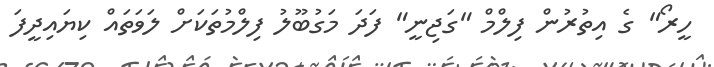
ހީރޯ" ގެ އިތުރުން ފިލްމް "ގަޖިނީ" ފަދަ މަގުބޫލު ފިލްމުތަކަށް ލަވަތައް ކިޔައިދީފަ